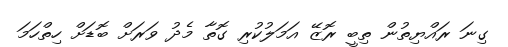
ގިނަ ރައްޔިތުން ތިބީ ރޮޒޭ އަމަލުކުރި ގޮތާ މެދު ވަރަށް ބޮޑަށް ހިތްހަމަ